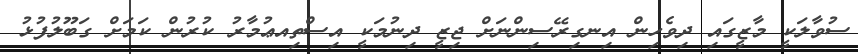
ސުވާލަކީ މާޒީގައި ދިވެހިން އިނގިރޭސިންނަށް ޖިޒީ ދިނުމަކީ އިސްތިއޢުމާރު ކުރުން ކަމަށް ގަބޫލުފުޅު